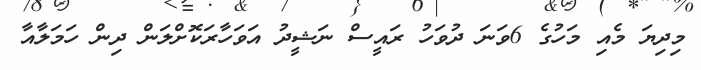
މިދިޔަ މެއި މަހުގެ 6ވަނަ ދުވަހު ރައީސް ނަޝީދު އަވަހާރަކޮށްލަން ދިން ހަމަލާއާ